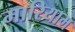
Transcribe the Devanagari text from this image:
मारियाम